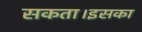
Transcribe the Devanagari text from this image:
सकता।इसका